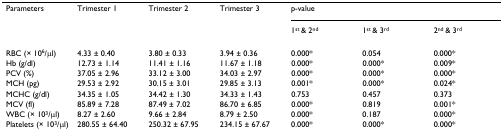
<table><thead><tr><td><b>Parameters</b></td><td><b>Trimester 1</b></td><td><b>Trimester 2</b></td><td><b>Trimester 3</b></td><td colspan="3"><b>p-value</b></td></tr><tr><td></td><td></td><td></td><td></td><td><b>1<sup>st </sup>&amp; 2<sup>nd</sup></b></td><td><b>1<sup>st </sup>&amp; 3<sup>rd</sup></b></td><td><b>2<sup>nd </sup>&amp; 3<sup>rd</sup></b></td></tr></thead><tbody><tr><td>RBC (× 10<sup>6</sup>/μl)</td><td>4.33 ± 0.40</td><td>3.80 ± 0.33</td><td>3.94 ± 0.36</td><td>0.000*</td><td>0.054</td><td>0.000*</td></tr><tr><td>Hb (g/dl)</td><td>12.73 ± 1.14</td><td>11.41 ± 1.16</td><td>11.67 ± 1.18</td><td>0.000*</td><td>0.000*</td><td>0.009*</td></tr><tr><td>PCV (%)</td><td>37.05 ± 2.96</td><td>33.12 ± 3.00</td><td>34.03 ± 2.97</td><td>0.000*</td><td>0.000*</td><td>0.000*</td></tr><tr><td>MCH (pg)</td><td>29.53 ± 2.92</td><td>30.15 ± 3.01</td><td>29.85 ± 3.13</td><td>0.001*</td><td>0.000*</td><td>0.024*</td></tr><tr><td>MCHC (g/dl)</td><td>34.35 ± 1.05</td><td>34.42 ± 1.30</td><td>34.33 ± 1.43</td><td>0.753</td><td>0.457</td><td>0.373</td></tr><tr><td>MCV (fl)</td><td>85.89 ± 7.28</td><td>87.49 ± 7.02</td><td>86.70 ± 6.85</td><td>0.000*</td><td>0.819</td><td>0.001*</td></tr><tr><td>WBC (× 10<sup>3</sup>/μl)</td><td>8.27 ± 2.60</td><td>9.66 ± 2.84</td><td>8.79 ± 2.50</td><td>0.000*</td><td>0.187</td><td>0.000*</td></tr><tr><td>Platelets (× 10<sup>3</sup>/μl)</td><td>280.55 ± 64.40</td><td>250.32 ± 67.95</td><td>234.15 ± 67.67</td><td>0.000*</td><td>0.000*</td><td>0.000*</td></tr></tbody></table>